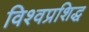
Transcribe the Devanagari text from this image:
विश्वप्रशिद्ध